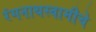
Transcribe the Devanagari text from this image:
रंगनाथस्वामीचे